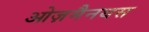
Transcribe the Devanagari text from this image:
ओज़मैनथस